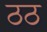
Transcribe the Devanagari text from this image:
ठठ